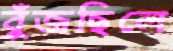
বুঁজছিলে